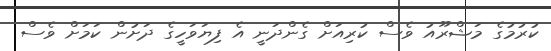
ކުރުމުގެ މަޝްރޫއު ވެސް ކުރިއަށް ގެންދަނީ އެ ފިޔަވަހީގެ ދަށުން ކަމަށް ވެސް